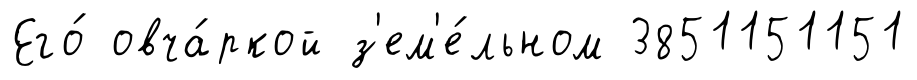
Его́ овча́ркой з'ем'е́льном 3851151151